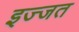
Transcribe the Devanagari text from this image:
इज्‍जत